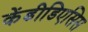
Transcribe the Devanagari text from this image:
केंडीडिएसिस